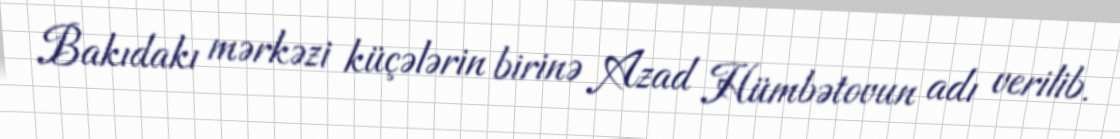
Bakıdakı mərkəzi küçələrin birinə Azad Hümbətovun adı verilib.